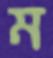
ম